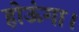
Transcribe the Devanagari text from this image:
होऊंगा।